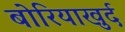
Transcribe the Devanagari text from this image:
बोरियाखुर्द